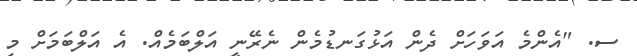
ސ. "އެންމެ އަވަހަށް ދެން އަޅުގަނޑުމެން ނެރޭނީ އަލްބަމެއް. އެ އަލްބަމަށް މި